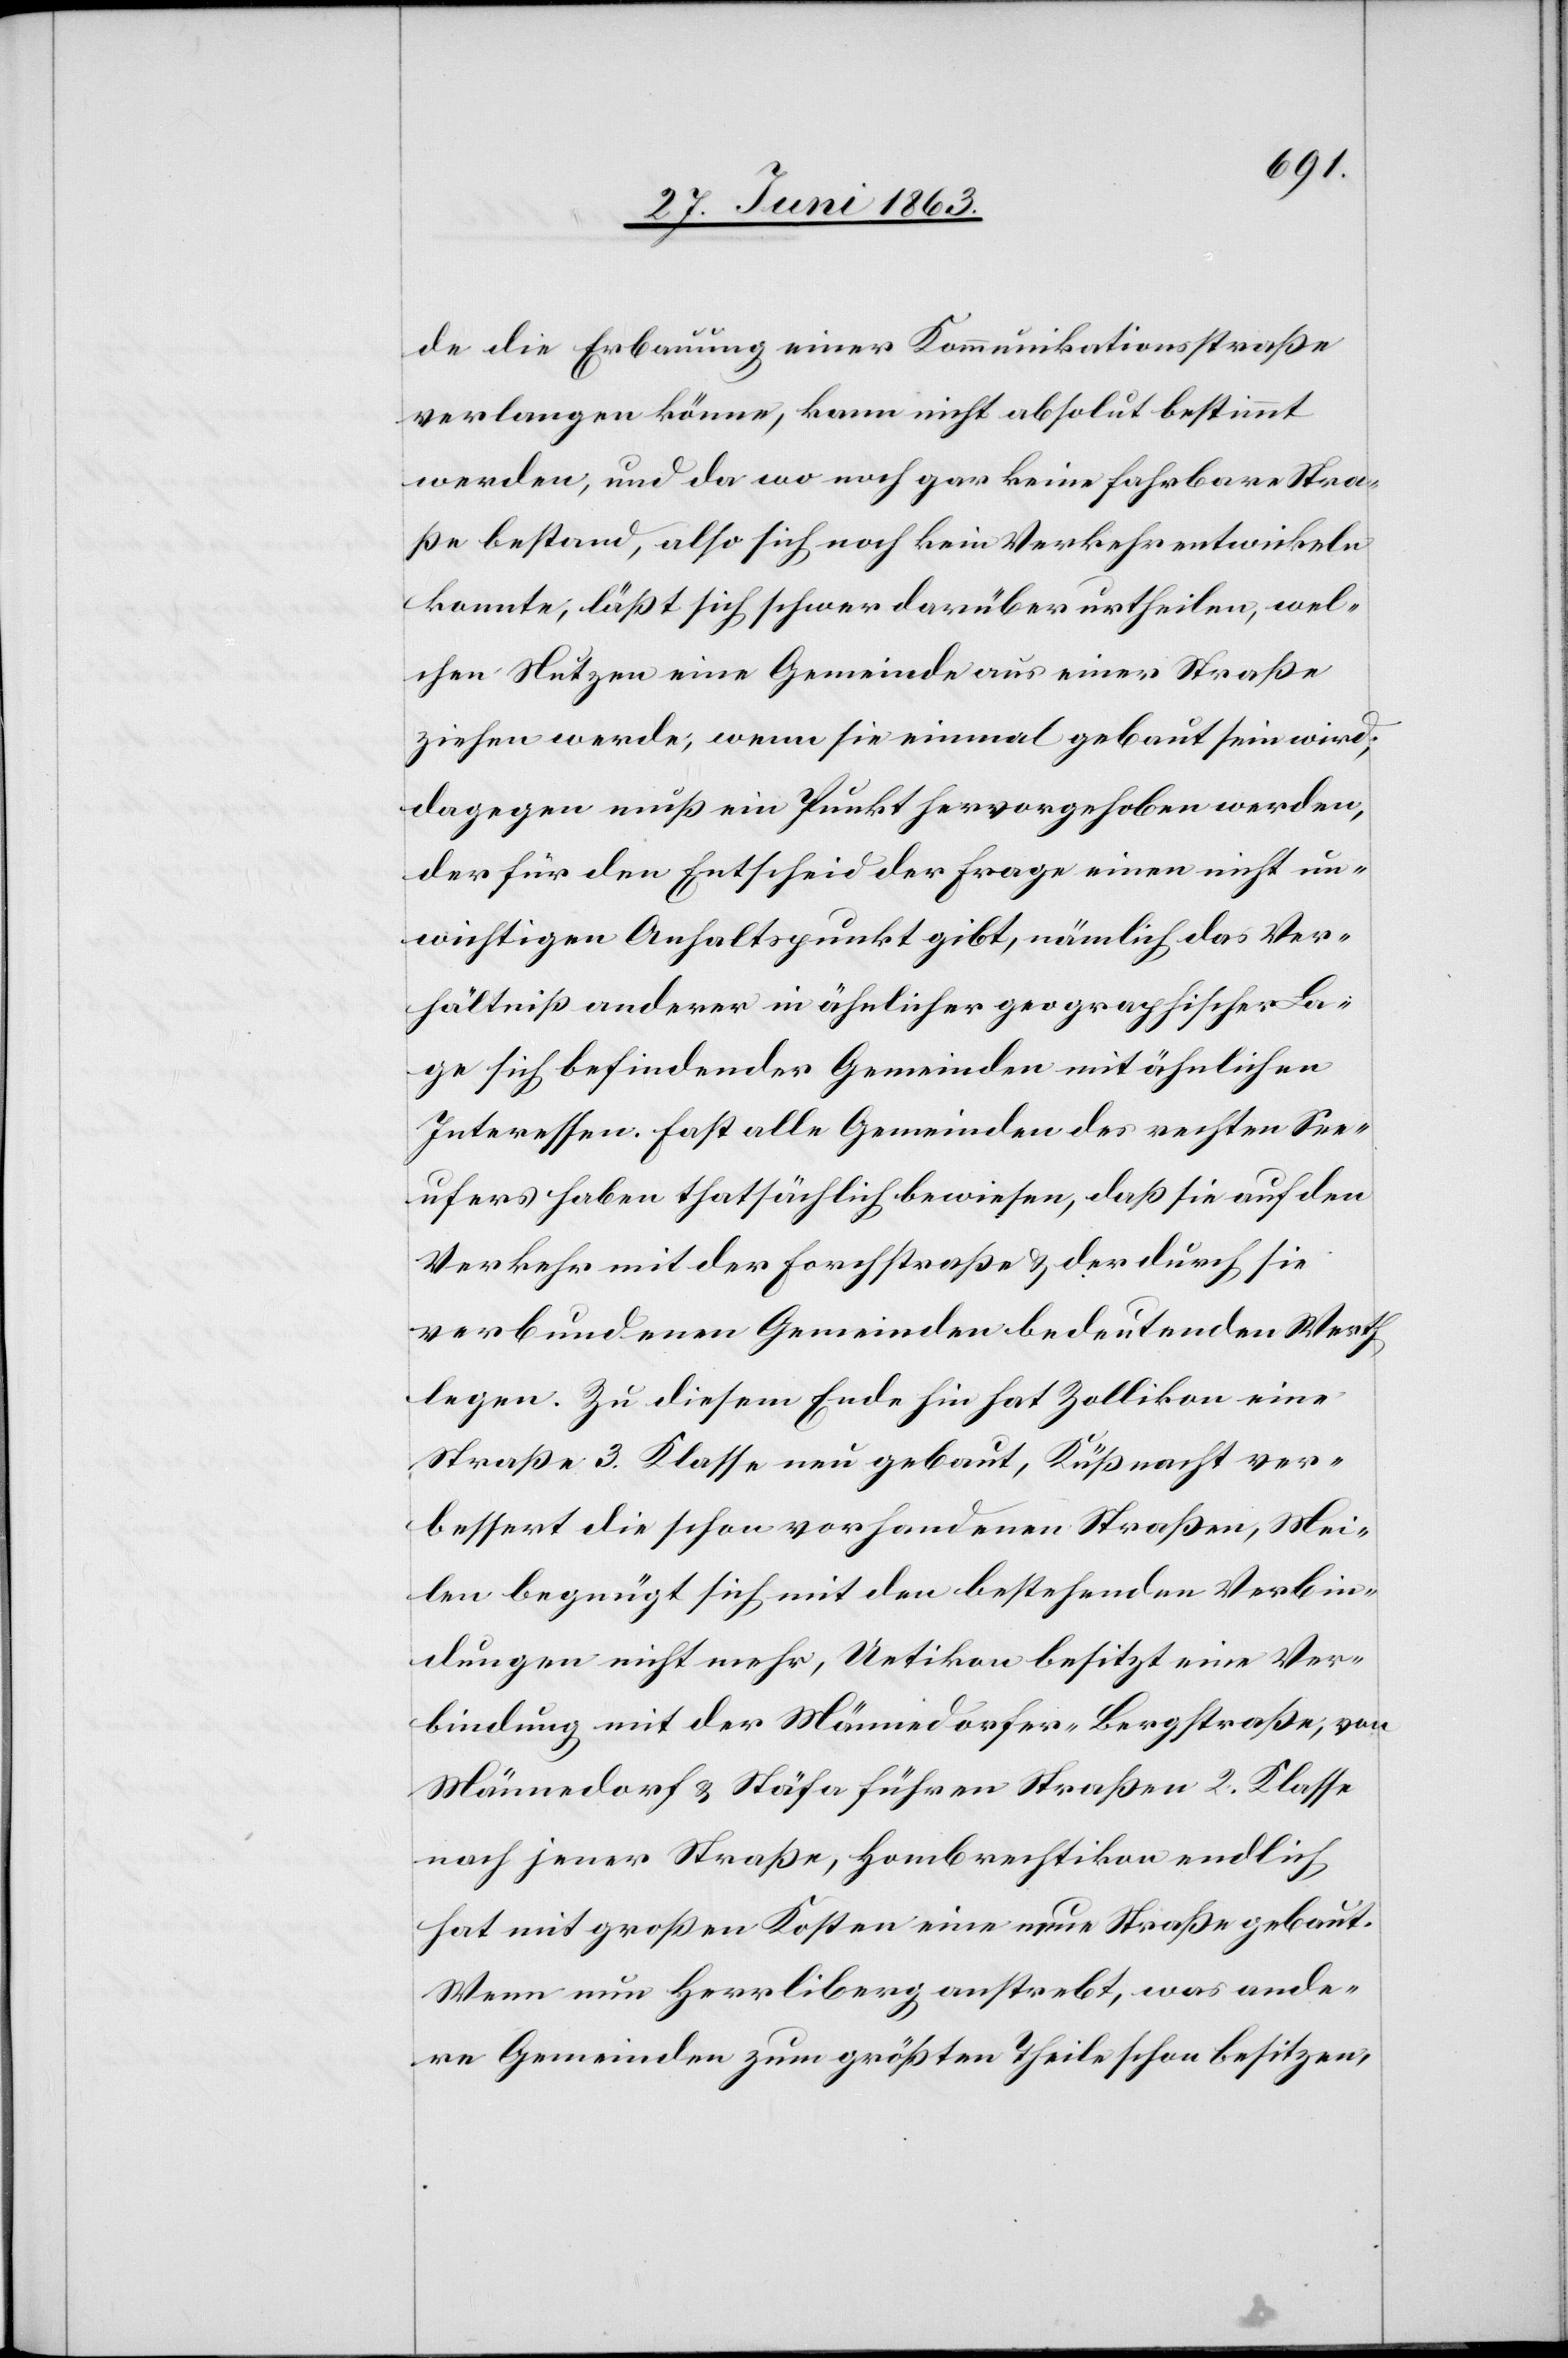
de die Erbauung einer Kommunikationsstraße
verlangen könne, kann nicht absolut bestimmt
werden, und da wo noch gar keine fahrbare Stra¬
ße bestand, also sich noch kein Verkehr entwickeln
konnte, läßt sich schwer darüber urtheilen, wel¬
chen Nutzen eine Gemeinde aus einer Straße
ziehen werde, wenn sie einmal gebaut sein wird;
dagegen muß ein Punkt hervorgehoben werden,
der für den Entscheid der Frage einen nicht un¬
wichtigen Anhaltspunkt gibt, nämlich das Ver¬
hältniß anderer in ähnlicher geographischer La¬
ge sich befindender Gemeinden mit ähnlichen
Interessen. Fast alle Gemeinden des rechten See¬
ufers haben thatsächlich bewiesen, daß sie auf den
Verkehr mit der Forchstraße & der durch sie
verbundenen Gemeinden bedeutenden Werth
lege. Zu diesem Ende hin hat Zollikon eine
Straße 3. Klasse neu gebaut, Küßnacht ver¬
bessert die schon vorhandenen Straßen, Mei¬
len begnügt sich mit den bestehenden Verbin¬
dungen nicht mehr, Uetikon besitzt eine Ver¬
bindung mit der Männedorfer-Bergstraße, von
Männedorf & Stäfa führen Straßen 2. Klasse
nach jener Straße, Hombrechtikon endlich
hat mit großen Kosten eine neue Straße gebaut.
Wenn nun Herrliberg anstrebt, was ande¬
re Gemeinden zum größten Theile schon besitzen,